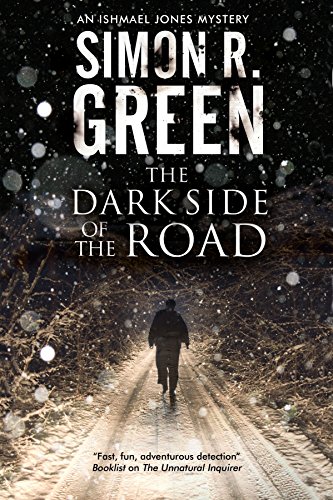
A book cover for The Dark Side of The Road: A country house murder mystery with a supernatural twist; Simon Green; Mystery, Thriller & Suspense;